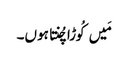
مَیں کُوڑا چُنتا ہوں۔